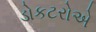
ડોકટરોએ